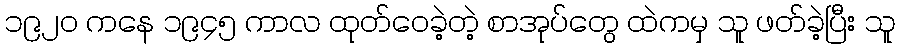
၁၉၂၀ ကနေ ၁၉၄၅ ကာလ ထုတ်ဝေခဲ့တဲ့ စာအုပ်တွေ ထဲကမှ သူ ဖတ်ခဲ့ပြီး သူ